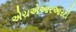
એચએઆરઆરટી